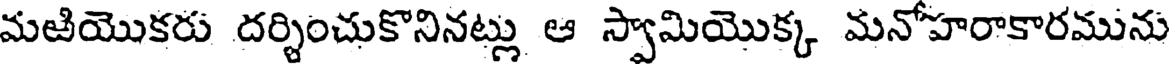
మఱియొకరు దర్శించుకొనినట్లు ఆ స్వామియొక్క మనోహరాకారమును